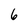
Character: 6